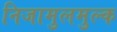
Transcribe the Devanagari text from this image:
निजामुलमुल्क